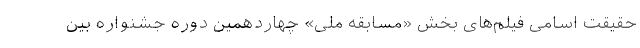
حقیقت اسامی فیلم‌های بخش «مسابقه ملی» چهاردهمین دوره جشنواره بین‌